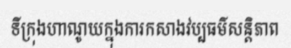
ទីក្រុងហាណូយក្នុងការកសាងវប្បធម៌សន្តិភាព